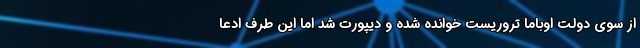
از سوی دولت اوباما تروریست خوانده شده و دیپورت شد اما این طرف ادعا